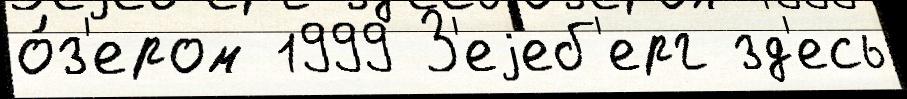
о́з'ером 1999 З'еjеб'ерг зд'есь